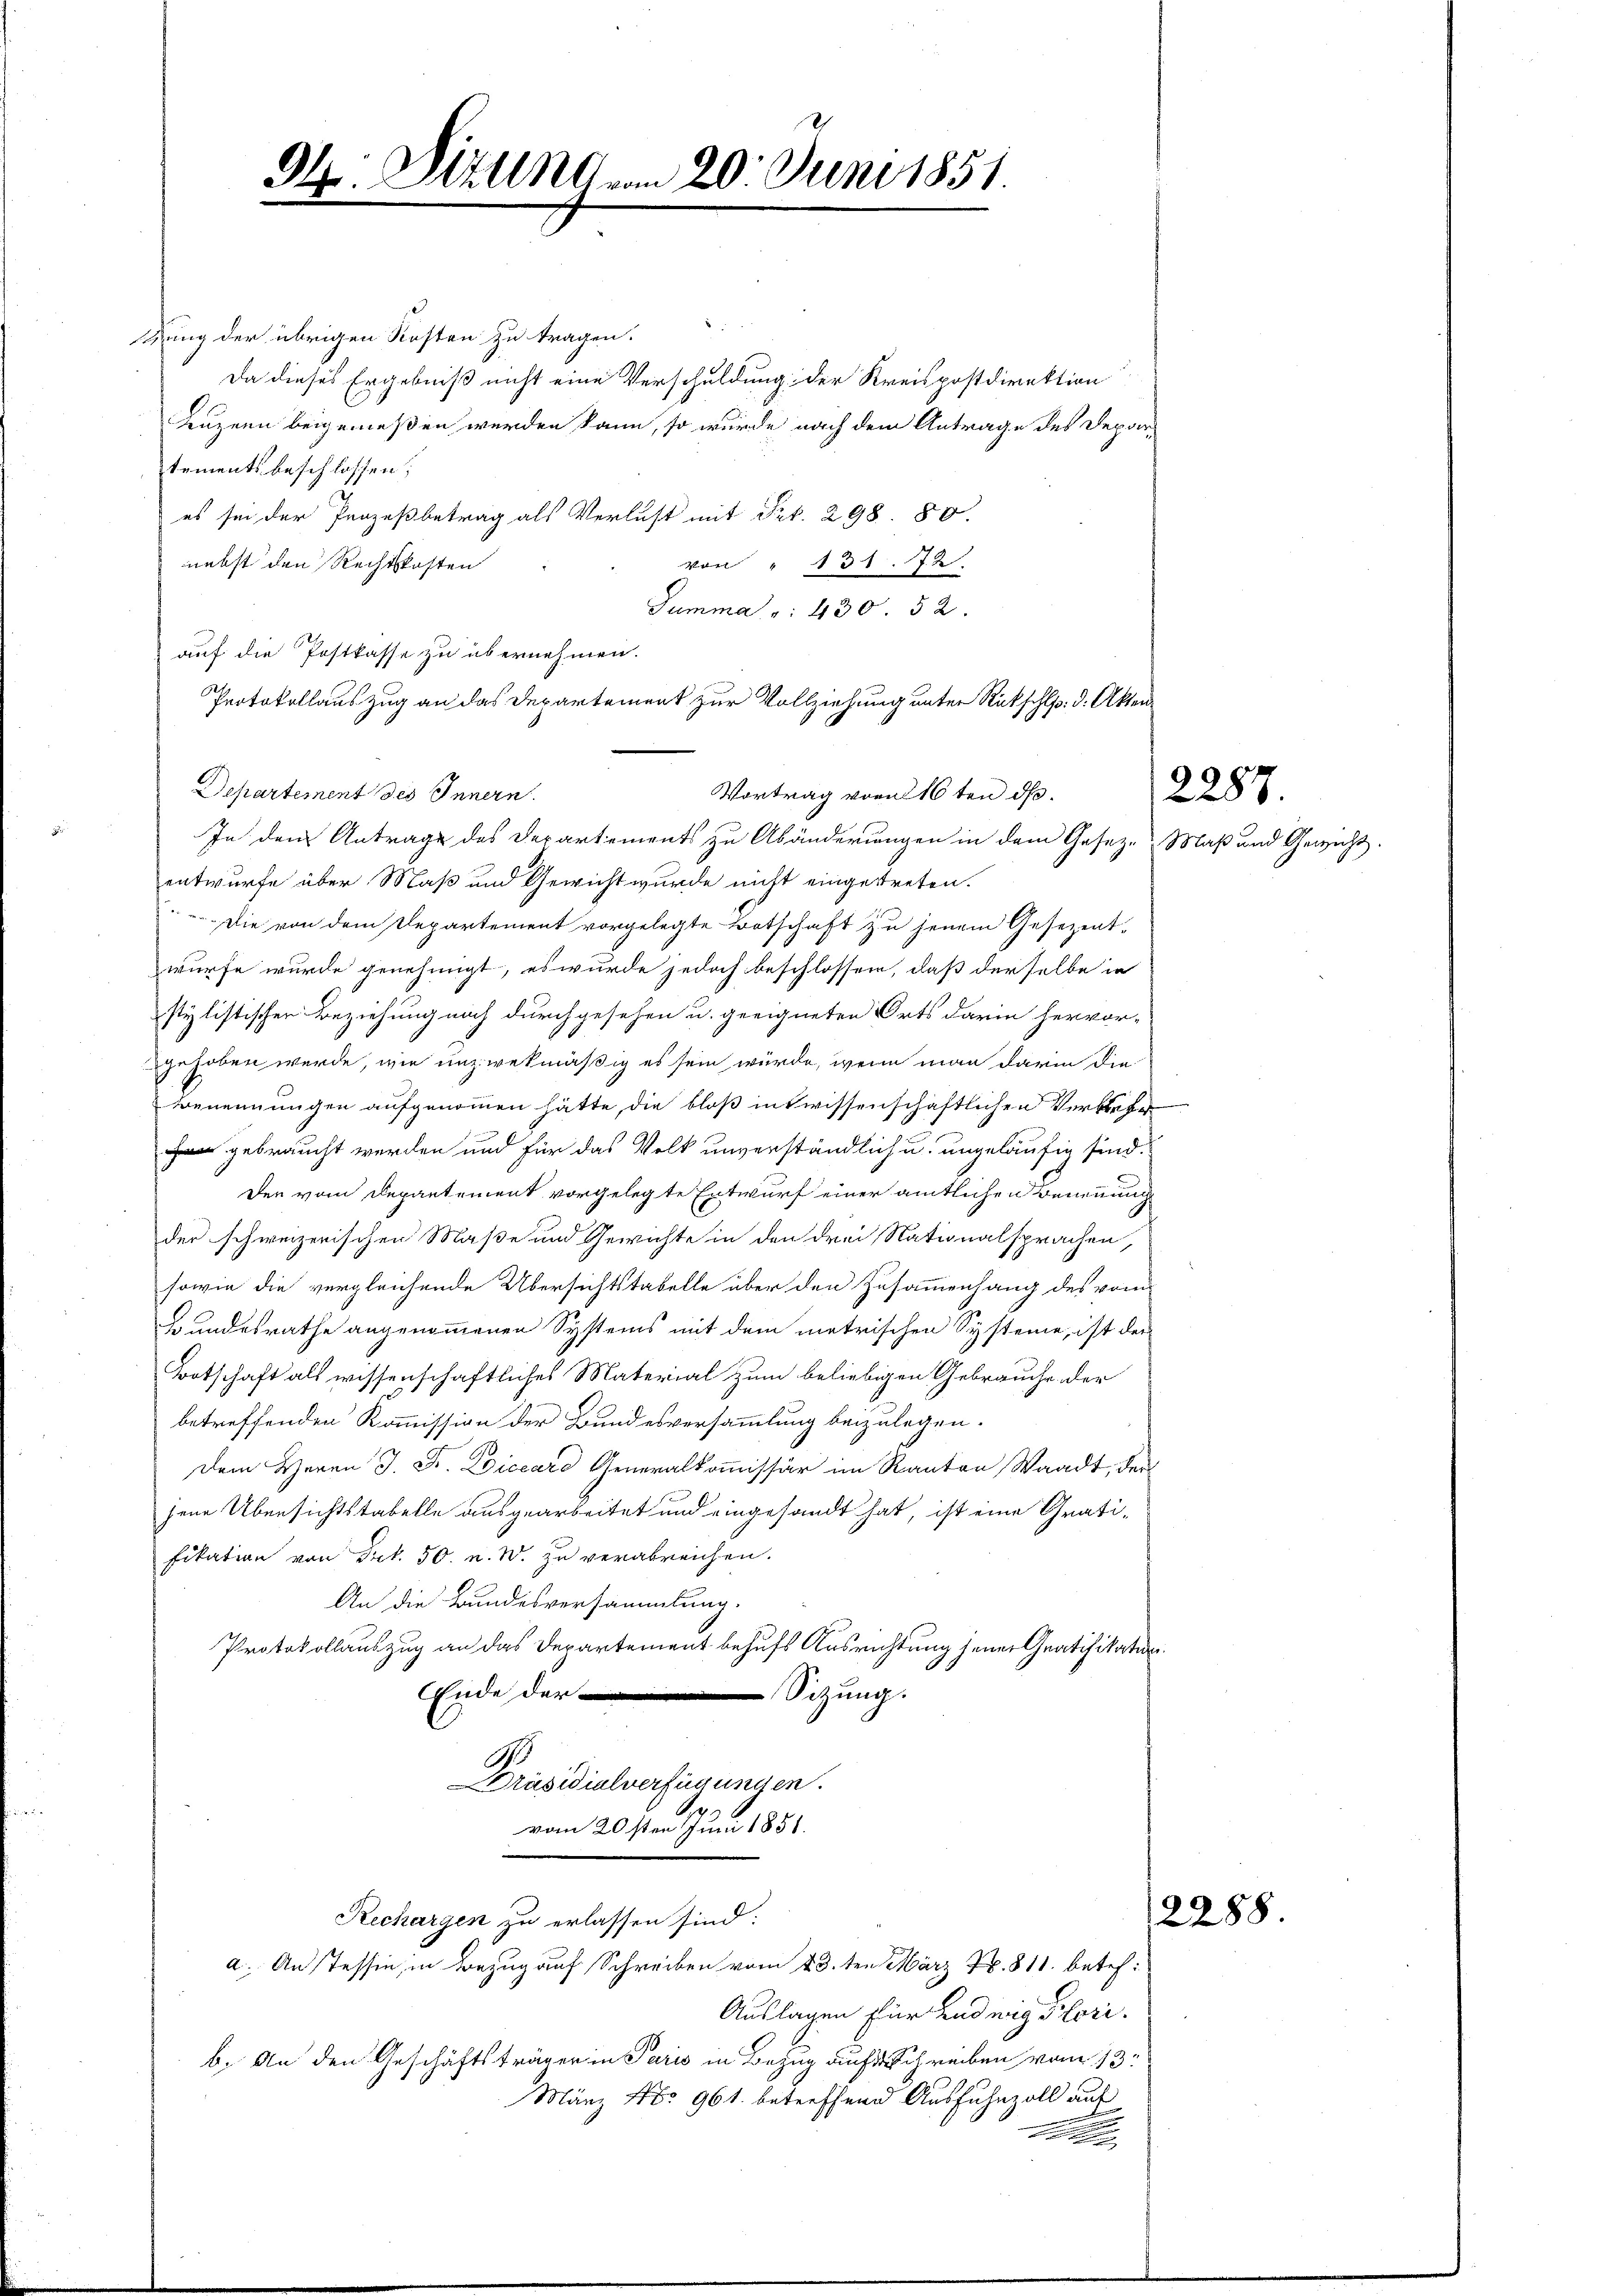
G. Sizunar

gung der übrigen Kosten zu tragen.
Da dieses Ergebniß nicht eine Verschuldung der Kreispostdirektion
Luzern beigemeßen werden kann, so wurde nach dem Antrage des Depar-
tements beschlossen:
es sei der Prozeßbetrag als Verlust mit Frk. 298. 80.
nebst den Rechtskosten
von " 131. 72.
Summa " 430. 52.
auf die Postkasse zu übernehmen.
Protokollauszug an das Departement zur Vollziehung unter Rückschlp: d. Akten¬
Departement des Innern.
Vortrag vom 16ten d
In dem Antrage des Departements zu Abänderungen in dem Geseze Maß und Gewicht.
entwurfe über Maß und Gewicht wurde nicht eingetreten.
 Die von dem Departement vorgelegte Botschaft zu jenem Gesezent-
wurfe wurde genehmigt, es wurde jedoch beschlossen, daß derselbe in
stylistischer Beziehung noch durchgesehen u. geeigneten Orts darin hervor-
gehoben werde, wie unzwekmäßig es sein würde, wenn man darin die
Benennungen aufgenommen hätte, die bloß in wissenschaftlichen Verbrehe
 gebraucht werden und für das Volk unverständlich u. ungeläufig sind.
Der vom Departement vorgelegte Entwurf einer amtlichen Benennung
der schweizerischen Maße und Gewichte in den drei Nationalsprachen,
sowie die vergleichende Übersichtstabelle über den Zusammenhang des vom
Bundesrathe angenommenen Systems mit dem metrischen Systeme, ist der
Botschaft als wissenschaftliches Material zum beliebigen Gebrauche der
betreffenden Kommission der Bundesversammlung beizulegen.
Dem Herrn J. F. Loiccare Generalkommissär im Kanton Waadt, der
jene Übersichtstabelle ausgearbeitet und eingesandt hat, ist eine Grati-
fikation von Frk. 50. u. W. zu verabreichen.
An die Bundesversammlung.
Protokollauszug an das Departement behufs Ausrichtung jener Gratifikation.
Ende der
Sitzung.
1
Präsidialverfügungen.
vom 20sten Juni 1851.
Rechargen zu erlassen sind:
a. An Tessin, in Bezug auf Schreiben vom 23. ten März Nr. 811. betef:
Auslagen für endwig Hori.
b. An den Geschäftsträger in Paris in Bezug auf Schreiben vom 13.
Mänz No 961. betreffend Ausfuhrzoll auf

20. Juni 1851.

2287.

2288